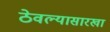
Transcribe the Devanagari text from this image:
ठेवल्यासारखा